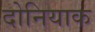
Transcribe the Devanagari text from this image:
दोनियाक